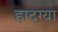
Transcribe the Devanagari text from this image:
हादग्या